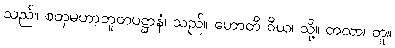
သည်။ စတုမဟာဘူတပဋ္ဌာနံ၊ သည်။ ဟောတိ ဝိယ၊ သို့။ တထာ၊ တူ။